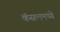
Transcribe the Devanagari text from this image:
कॅसलमध्ये